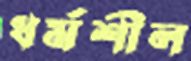
ধর্মশীল